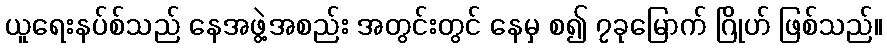
ယူရေးနပ်စ်သည် နေအဖွဲ့အစည်း အတွင်းတွင် နေမှ စ၍ ၇ခုမြောက် ဂြိုဟ် ဖြစ်သည်။